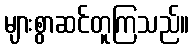
များစွာဆင်တူကြသည်။